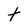
Character: t